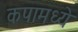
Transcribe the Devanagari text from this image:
कपामध्ये